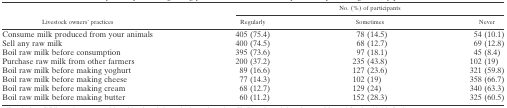
<table><thead><tr><td rowspan="2"><b>Livestock owners&#x27; practices</b></td><td colspan="3"><b>No. (%) of participants</b></td></tr><tr><td><b>Regularly</b></td><td><b>Sometimes</b></td><td><b>Never</b></td></tr></thead><tbody><tr><td>Consume milk produced from your animals</td><td>405 (75.4)</td><td>78 (14.5)</td><td>54 (10.1)</td></tr><tr><td>Sell any raw milk</td><td>400 (74.5)</td><td>68 (12.7)</td><td>69 (12.8)</td></tr><tr><td>Boil raw milk before consumption</td><td>395 (73.6)</td><td>97 (18.1)</td><td>45 (8.4)</td></tr><tr><td>Purchase raw milk from other farmers</td><td>200 (37.2)</td><td>235 (43.8)</td><td>102 (19)</td></tr><tr><td>Boil raw milk before making yoghurt</td><td>89 (16.6)</td><td>127 (23.6)</td><td>321 (59.8)</td></tr><tr><td>Boil raw milk before making cheese</td><td>77 (14.3)</td><td>102 (19)</td><td>358 (66.7)</td></tr><tr><td>Boil raw milk before making cream</td><td>68 (12.7)</td><td>129 (24)</td><td>340 (63.3)</td></tr><tr><td>Boil raw milk before making butter</td><td>60 (11.2)</td><td>152 (28.3)</td><td>325 (60.5)</td></tr></tbody></table>